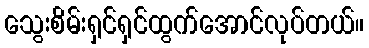
သွေးစိမ်းရှင်ရှင်ထွက်အောင်လုပ်တယ်။